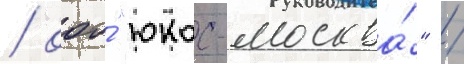
/ ооо́ "юкос-москва́" /